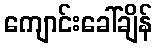
ကျောင်းခေါ်ချိန်